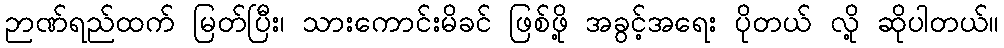
ဉာဏ်ရည်ထက် မြတ်ပြီး၊ သားကောင်းမိခင် ဖြစ်ဖို့ အခွင့်အရေး ပိုတယ် လို့ ဆိုပါတယ်။